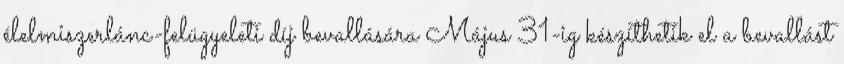
élelmiszerlánc-felügyeleti díj bevallására Május 31-ig készíthetik el a bevallást